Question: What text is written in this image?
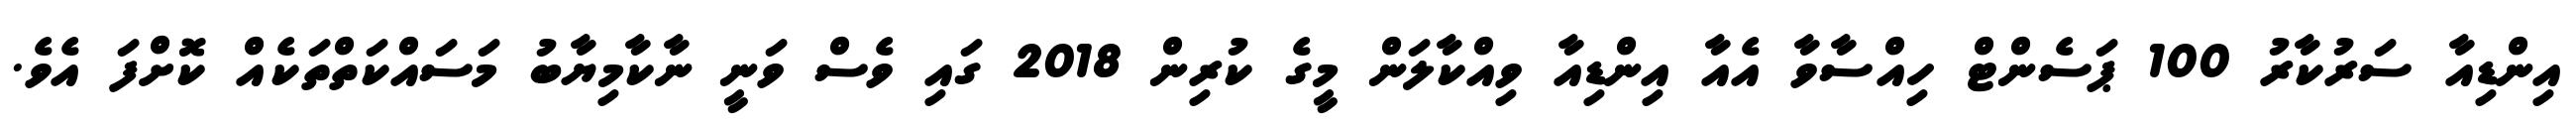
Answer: އިންޑިއާ ސަރުކާރު 100 ޕަސެންޓް ހިއްސާވާ އެއާ އިންޑިއާ ވިއްކާލަން މީގެ ކުރިން 2018 ގައި ވެސް ވަނީ ނާކާމިޔާބު މަސައްކަތްތަކެއް ކޮށްފަ އެވެ.